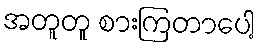
အတူတူ စားကြတာပေါ့